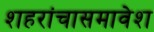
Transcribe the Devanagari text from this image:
शहरांचासमावेश